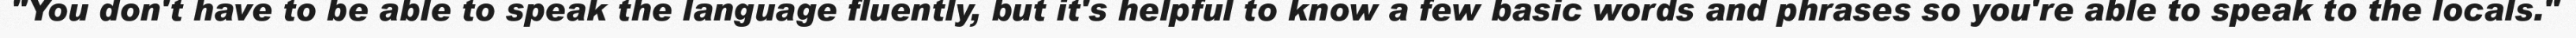
"You don't have to be able to speak the language fluently, but it's helpful to know a few basic words and phrases so you're able to speak to the locals."